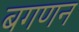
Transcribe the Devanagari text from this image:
बगणन